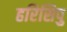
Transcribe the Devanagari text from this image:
हरिसिपु